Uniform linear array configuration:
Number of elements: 32
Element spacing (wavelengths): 0.5
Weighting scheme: blackman
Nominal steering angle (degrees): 0
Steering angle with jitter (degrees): -1.085
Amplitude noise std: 0.05
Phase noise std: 0.05

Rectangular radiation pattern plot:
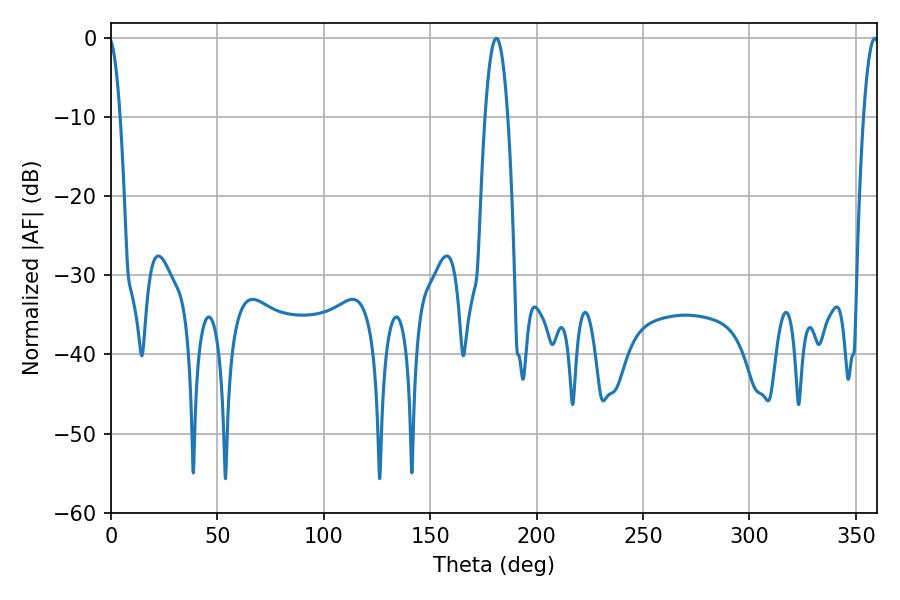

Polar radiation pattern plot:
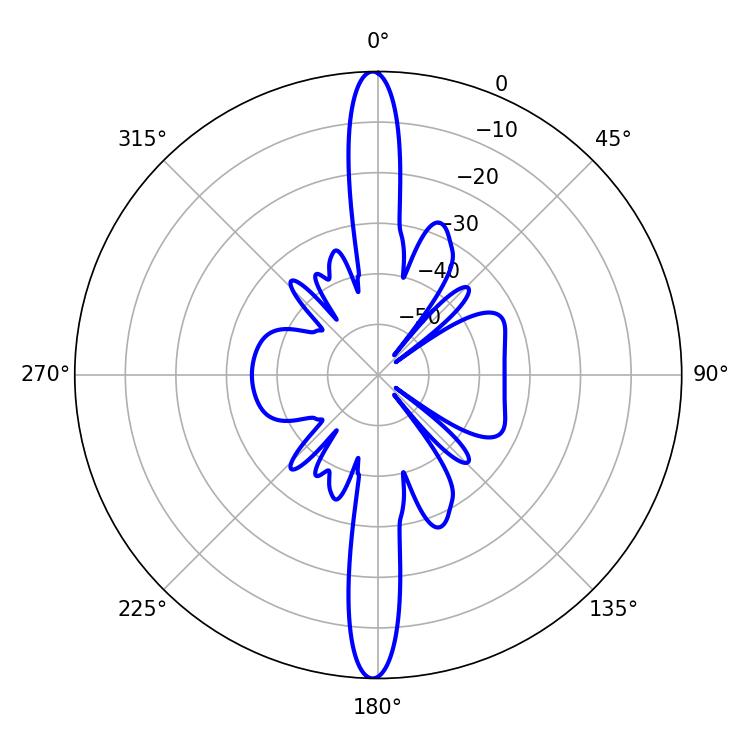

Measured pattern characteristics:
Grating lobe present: FALSE
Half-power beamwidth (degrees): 5.76
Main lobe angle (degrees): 181.08